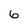
Character: 6